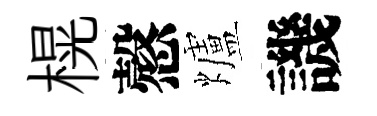
榥慤爐譏